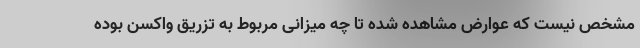
مشخص نیست که عوارض مشاهده شده تا چه میزانی مربوط به تزریق واکسن بوده